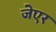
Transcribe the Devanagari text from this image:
जेएर